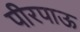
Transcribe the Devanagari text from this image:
पीरपाऊ